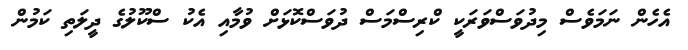
އެހެން ނަމަވެސް މިދުވަސްވަރަކީ ކްރިސްމަސް ދުވަސްކޮޅަށް ވުމާއި އެކު ސްކޫލުގެ ދީލަތި ކަމުން